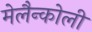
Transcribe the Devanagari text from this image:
मेलैन्कोली